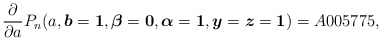
\begin{gather*}{\frac{\partial}{\partial a}} P_n(a,{\boldsymbol{b}} ={\boldsymbol{1}},{\boldsymbol{\beta}}={\boldsymbol{0}},{\boldsymbol{\alpha}}={\boldsymbol{1}},{\boldsymbol{y}} = {\boldsymbol{z}} ={\boldsymbol{1}})= A005775,\end{gather*}